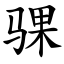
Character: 骒